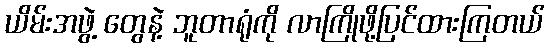
ယိမ်းအဖွဲ့ တွေနဲ့ ဘူတာရုံကို လာကြိုဖို့ပြင်ထားကြတယ်